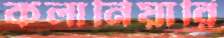
কলানিয়ারি